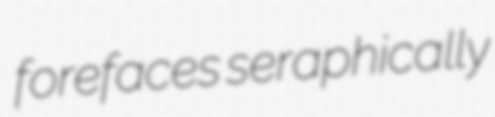
forefaces seraphically